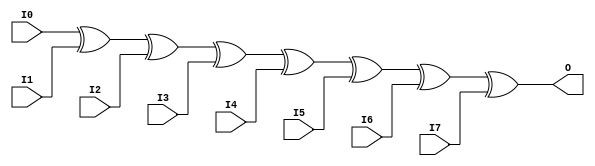

/*

FUNCTION	: 8-INPUT XOR GATE

*/

`timescale  100 ps / 10 ps

`celldefine

module XOR8 (O, I0, I1, I2, I3, I4, I5, I6, I7);


    output O;

    input  I0, I1, I2, I3, I4, I5, I6, I7;

	xor X1 (O, I0, I1, I2, I3, I4, I5, I6, I7);

    specify
	(I0 *> O) = (0, 0);
	(I1 *> O) = (0, 0);
	(I2 *> O) = (0, 0);
	(I3 *> O) = (0, 0);
	(I4 *> O) = (0, 0);
	(I5 *> O) = (0, 0);
	(I6 *> O) = (0, 0);
	(I7 *> O) = (0, 0);
    endspecify

endmodule

`endcelldefine